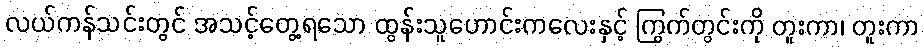
လယ်ကန်သင်းတွင် အသင့်တွေ့ရသော ထွန်းသူဟောင်းကလေးနှင့် ကြွက်တွင်းကို တူးကာ၊ တူးကာ